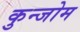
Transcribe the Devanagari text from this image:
कुन्जोम